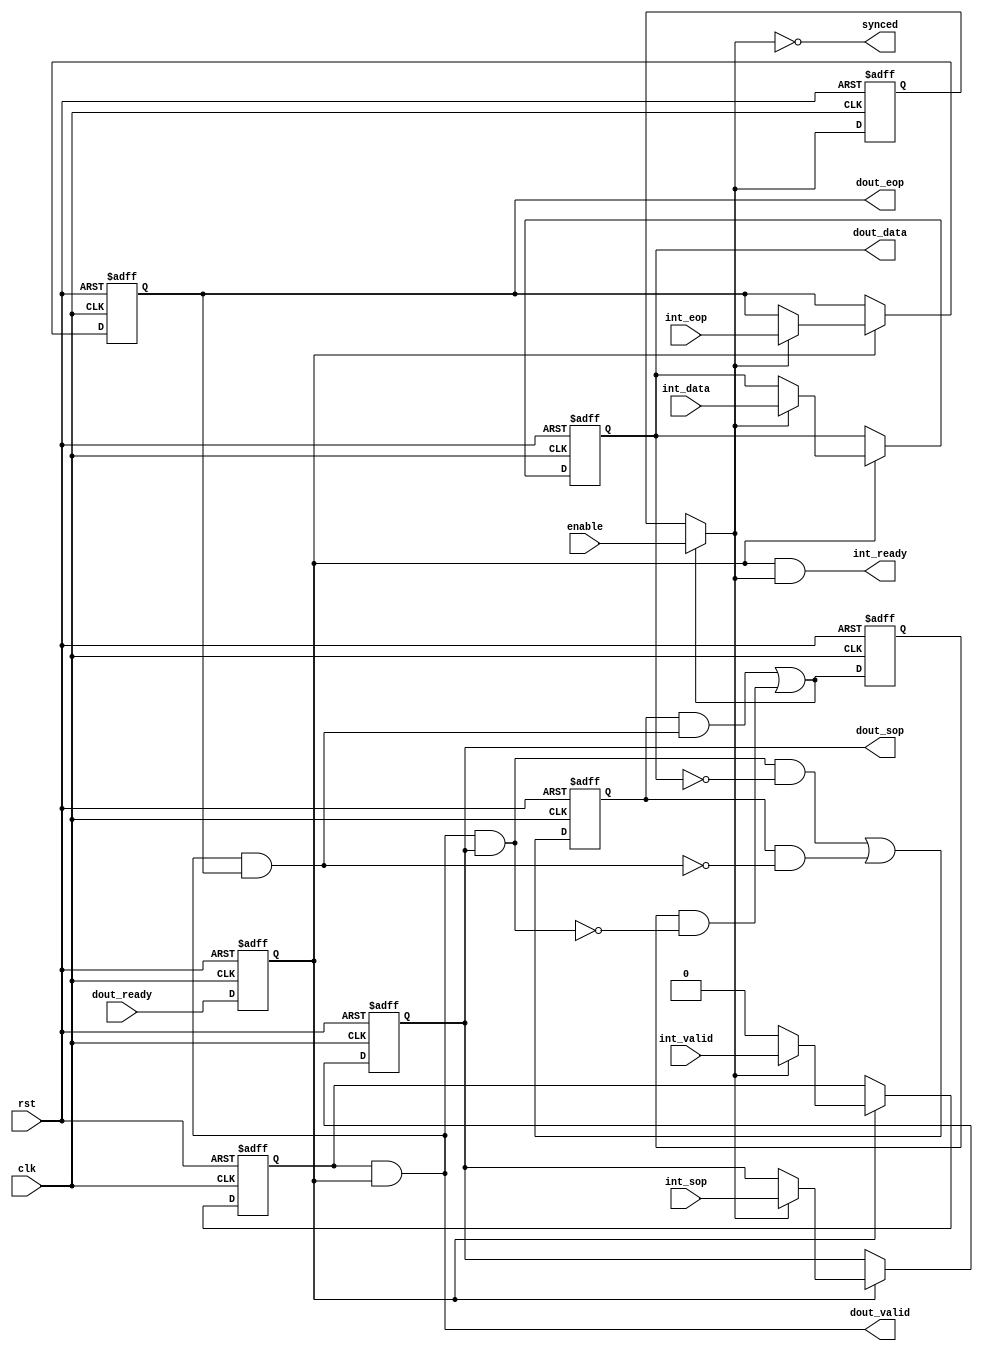
module alt_vipvfr131_common_stream_output
    #(parameter
        DATA_WIDTH = 10)
    (
    input wire rst,
    input wire clk,
    
    // dout
    input   wire                    dout_ready,
    output  wire                    dout_valid,
    output  reg  [DATA_WIDTH-1:0]   dout_data,
    output  reg                     dout_sop,
    output  reg                     dout_eop,
    
    // internal
    output  wire                    int_ready,
    input   wire                    int_valid,
    input   wire [DATA_WIDTH-1:0]   int_data,
    input   wire                    int_sop,
    input   wire                    int_eop,
    
    // control signals
    input   wire                    enable,
    output  wire                    synced);

// Simple decode to detect the end of image packets. This allows us to
// synch multiple inputs.
reg     image_packet;
reg     synced_int;
reg     enable_synced_reg;
wire    image_packet_nxt;
wire    synced_int_nxt;
wire    enable_synced;
wire    eop;
wire 	sop;

always @ (posedge clk or posedge rst) begin
    if(rst) begin
        image_packet <= 1'b0;
        synced_int <= 1'b1;
        enable_synced_reg <= 1'b0;
    end else begin
        image_packet <= image_packet_nxt;
        synced_int <= synced_int_nxt;
        enable_synced_reg <= enable_synced;
    end
end

assign sop = dout_valid & dout_sop;
assign eop = dout_valid & dout_eop;
assign image_packet_nxt = (sop && dout_data == 0) || (image_packet && ~eop);
assign synced_int_nxt = (image_packet & eop) | (synced_int & ~sop);
assign enable_synced = (synced_int_nxt) ? enable : enable_synced_reg;
assign synced = ~enable_synced;

// Register outputs and ready input
reg int_valid_reg;
reg int_ready_reg;

always @ (posedge clk or posedge rst) begin
    if(rst) begin
        int_valid_reg <= 1'b0;
        dout_data <= {DATA_WIDTH{1'b0}};
        dout_sop <= 1'b0;
        dout_eop <= 1'b0;
        int_ready_reg <= 1'b0;
    end else begin
        if(int_ready_reg) begin
            if(enable_synced) begin
                int_valid_reg <= int_valid;
                dout_data <= int_data;
                dout_sop <= int_sop;
                dout_eop <= int_eop;
            end else begin
                int_valid_reg <= 1'b0;
            end 
        end
        
        int_ready_reg <= dout_ready;
    end
end

assign dout_valid = int_valid_reg & int_ready_reg;
assign int_ready = int_ready_reg & enable_synced;

endmodule